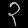
Digit: ၃